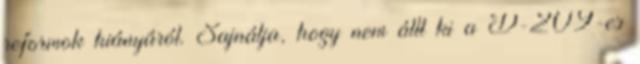
reformok hiányáról. Sajnálja, hogy nem állt ki a D-209-es